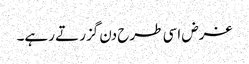
غرض اسی طرح دن گزرتے رہے۔